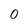
Character: 0